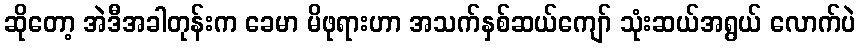
ဆိုတော့ အဲဒီအခါတုန်းက ခေမာ မိဖုရားဟာ အသက်နှစ်ဆယ်ကျော် သုံးဆယ်အရွယ် လောက်ပဲ